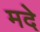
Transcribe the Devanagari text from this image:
मदे